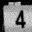
Digit: 4